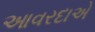
આવરદાએ